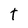
Character: t